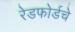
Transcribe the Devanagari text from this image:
रेडफोर्डचे